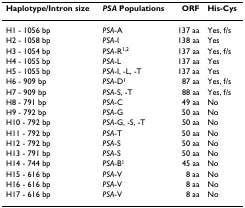
<table><thead><tr><td><b>Haplotype/Intron size</b></td><td><b><i>PSA </i>Populations</b></td><td><b>ORF</b></td><td><b>His-Cys</b></td></tr></thead><tbody><tr><td>H1 - 1056 bp</td><td><i>PSA</i>-A</td><td>137 aa</td><td>Yes, f/s</td></tr><tr><td>H2 - 1058 bp</td><td><i>PSA</i>-I</td><td>138 aa</td><td>Yes</td></tr><tr><td>H3 - 1054 bp</td><td><i>PSA</i>-R<sup>1,2</sup></td><td>137 aa</td><td>Yes, f/s</td></tr><tr><td>H4 - 1055 bp</td><td><i>PSA</i>-L</td><td>137 aa</td><td>Yes</td></tr><tr><td>H5 - 1055 bp</td><td><i>PSA</i>-I, -L, -T</td><td>137 aa</td><td>Yes</td></tr><tr><td>H6 - 909 bp</td><td><i>PSA</i>-D<sup>1</sup></td><td>87 aa</td><td>Yes, f/s</td></tr><tr><td>H7 - 909 bp</td><td><i>PSA</i>-S, -T</td><td>88 aa</td><td>Yes, f/s</td></tr><tr><td>H8 - 791 bp</td><td><i>PSA</i>-C</td><td>49 aa</td><td>No</td></tr><tr><td>H9 - 792 bp</td><td><i>PSA</i>-G</td><td>50 aa</td><td>No</td></tr><tr><td>H10 - 792 bp</td><td><i>PSA</i>-G, -S, -T</td><td>50 aa</td><td>No</td></tr><tr><td>H11 - 792 bp</td><td><i>PSA</i>-T</td><td>50 aa</td><td>No</td></tr><tr><td>H12 - 792 bp</td><td><i>PSA</i>-S</td><td>50 aa</td><td>No</td></tr><tr><td>H13 - 791 bp</td><td><i>PSA</i>-S</td><td>50 aa</td><td>No</td></tr><tr><td>H14 - 744 bp</td><td><i>PSA</i>-B<sup>1</sup></td><td>45 aa</td><td>No</td></tr><tr><td>H15 - 616 bp</td><td><i>PSA</i>-V</td><td>8 aa</td><td>No</td></tr><tr><td>H16 - 616 bp</td><td><i>PSA</i>-V</td><td>8 aa</td><td>No</td></tr><tr><td>H17 - 616 bp</td><td><i>PSA</i>-V</td><td>8 aa</td><td>No</td></tr></tbody></table>